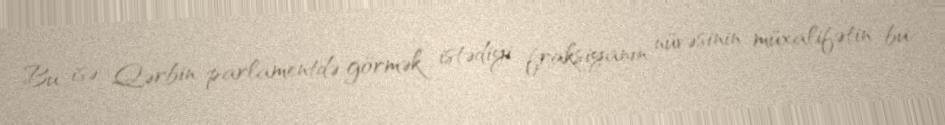
Bu isə Qərbin parlamentdə görmək istədiyi fraksiyanın nüvəsinin müxalifətin bu